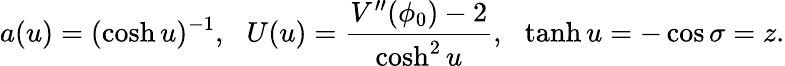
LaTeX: a(u)=(\cosh u)^{-1},\: \: \: U(u)=\frac{V^{\prime\prime}(\phi_{0})-2}{\cosh^{2}u},\: \: \: \operatorname{tanh}u=-\cos\sigma=z.